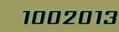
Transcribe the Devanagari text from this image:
१००२०१३